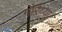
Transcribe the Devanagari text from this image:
गौरैय्या